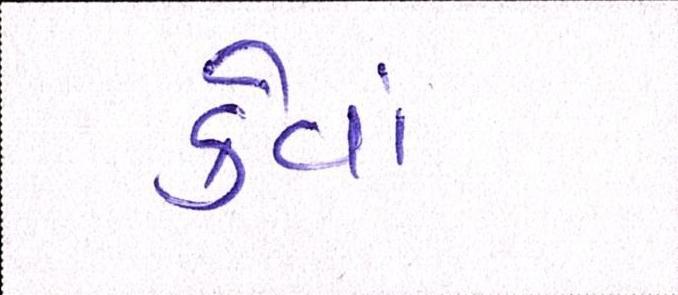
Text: કેવાં